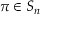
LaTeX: \pi \in S _ { n }